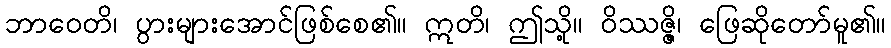
ဘာဝေတိ၊ ပွားများအောင်ဖြစ်စေ၏။ ဣတိ၊ ဤသို့။ ဝိဿဇ္ဇိ၊ ဖြေဆိုတော်မူ၏။